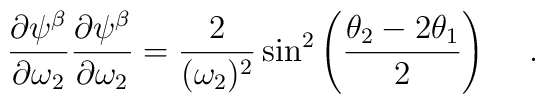
{\partial \psi ^\beta \over \partial \omega_2}{\partial \psi ^\beta \over \partial \omega_2} = {2 \over (\omega_2)^2} \sin ^2 \left({\theta_2 - 2\theta _1 \over 2} \right)\hskip 0.5cm .